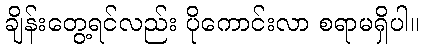
ချိန်းတွေ့ရင်လည်း ပိုကောင်းလာ စရာမရှိပါ။